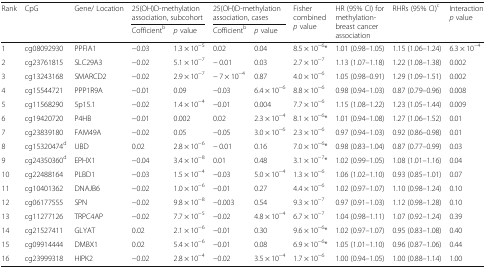
<table><thead><tr><td rowspan="2"><b>Rank</b></td><td rowspan="2"><b>CpG</b></td><td rowspan="2"><b>Gene/ Location</b></td><td colspan="2"><b>25(OH)D-methylation association, subcohort</b></td><td colspan="2"><b>25(OH)D-methylation association, cases</b></td><td rowspan="2"><b>Fisher combined <i>p</i> value</b></td><td rowspan="2"><b>HR (95% CI) for methylation-breast cancer association</b></td><td rowspan="2"><b>RHRs (95% CI)<sup>c</sup></b></td><td rowspan="2"><b>Interaction <i>p</i> value</b></td></tr><tr><td><b>Cofficient<sup>b</sup></b></td><td><b><i>p</i> value</b></td><td><b>Cofficient<sup>b</sup></b></td><td><b><i>p</i> value</b></td></tr></thead><tbody><tr><td>1</td><td>cg08092930</td><td>PPFIA1</td><td>−0.03</td><td>1.3 × 10<sup>−5</sup></td><td>0.02</td><td>0.04</td><td>8.5 × 10<sup>−6</sup>*</td><td>1.01 (0.98–1.05)</td><td>1.15 (1.06–1.24)</td><td>6.3 × 10<sup>−4</sup></td></tr><tr><td>2</td><td>cg23761815</td><td>SLC29A3</td><td>−0.02</td><td>5.1 × 10<sup>−7</sup></td><td>− 0.01</td><td>0.03</td><td>2.7 × 10<sup>−7</sup></td><td>1.13 (1.07–1.18)</td><td>1.22 (1.08–1.38)</td><td>0.002</td></tr><tr><td>3</td><td>cg13243168</td><td>SMARCD2</td><td>−0.02</td><td>2.9 × 10<sup>−7</sup></td><td>− 7 × 10<sup>−4</sup></td><td>0.87</td><td>4.0 × 10<sup>−6</sup></td><td>1.05 (0.98–0.91)</td><td>1.29 (1.09–1.51)</td><td>0.002</td></tr><tr><td>4</td><td>cg15544721</td><td>PPP1R9A</td><td>−0.01</td><td>0.09</td><td>−0.03</td><td>6.4 × 10<sup>−6</sup></td><td>8.8 × 10<sup>−6</sup></td><td>0.98 (0.94–1.03)</td><td>0.87 (0.79–0.96)</td><td>0.008</td></tr><tr><td>5</td><td>cg11568290</td><td>5p15.1</td><td>−0.02</td><td>1.4 × 10<sup>−4</sup></td><td>−0.01</td><td>0.004</td><td>7.7 × 10<sup>−6</sup></td><td>1.15 (1.08–1.22)</td><td>1.23 (1.05–1.44)</td><td>0.009</td></tr><tr><td>6</td><td>cg19420720</td><td>P4HB</td><td>−0.01</td><td>0.002</td><td>0.02</td><td>2.3 × 10<sup>−4</sup></td><td>8.1 × 10<sup>−6</sup>*</td><td>1.01 (0.94–1.08)</td><td>1.27 (1.06–1.52)</td><td>0.01</td></tr><tr><td>7</td><td>cg23839180</td><td>FAM49A</td><td>−0.02</td><td>0.05</td><td>−0.05</td><td>3.0 × 10<sup>−6</sup></td><td>2.3 × 10<sup>−6</sup></td><td>0.97 (0.94–1.03)</td><td>0.92 (0.86–0.98)</td><td>0.01</td></tr><tr><td>8</td><td>cg15320474<sup>d</sup></td><td>UBD</td><td>0.02</td><td>2.8 × 10<sup>−6</sup></td><td>− 0.01</td><td>0.16</td><td>7.0 × 10<sup>−6</sup>*</td><td>0.98 (0.83–1.04)</td><td>0.87 (0.77–0.99)</td><td>0.03</td></tr><tr><td>9</td><td>cg24350360<sup>d</sup></td><td>EPHX1</td><td>−0.04</td><td>3.4 × 10<sup>−8</sup></td><td>0.01</td><td>0.48</td><td>3.1 × 10<sup>−7</sup>*</td><td>1.02 (0.99–1.05)</td><td>1.08 (1.01–1.16)</td><td>0.04</td></tr><tr><td>10</td><td>cg22488164</td><td>PLBD1</td><td>−0.03</td><td>1.5 × 10<sup>−4</sup></td><td>−0.03</td><td>5.0 × 10<sup>−4</sup></td><td>1.3 × 10<sup>−6</sup></td><td>1.06 (1.02–1.10)</td><td>0.93 (0.85–1.01)</td><td>0.07</td></tr><tr><td>11</td><td>cg10401362</td><td>DNAJB6</td><td>−0.02</td><td>1.0 × 10<sup>−6</sup></td><td>−0.01</td><td>0.27</td><td>4.4 × 10<sup>−6</sup></td><td>1.02 (0.97–1.07)</td><td>1.10 (0.98–1.24)</td><td>0.10</td></tr><tr><td>12</td><td>cg06177555</td><td>SPN</td><td>−0.02</td><td>9.8 × 10<sup>−8</sup></td><td>−0.003</td><td>0.54</td><td>9.3 × 10<sup>−7</sup></td><td>0.97 (0.91–1.03)</td><td>1.12 (0.98–1.28)</td><td>0.10</td></tr><tr><td>13</td><td>cg11277126</td><td>TRPC4AP</td><td>−0.02</td><td>7.7 × 10<sup>−5</sup></td><td>−0.02</td><td>4.8 × 10<sup>−4</sup></td><td>6.7 × 10<sup>−7</sup></td><td>1.04 (0.98–1.11)</td><td>1.07 (0.92–1.24)</td><td>0.39</td></tr><tr><td>14</td><td>cg21527411</td><td>GLYAT</td><td>0.02</td><td>2.1 × 10<sup>−6</sup></td><td>−0.01</td><td>0.30</td><td>9.6 × 10<sup>−6</sup>*</td><td>1.02 (0.97–1.07)</td><td>0.95 (0.83–1.08)</td><td>0.40</td></tr><tr><td>15</td><td>cg09914444</td><td>DMBX1</td><td>0.02</td><td>5.4 × 10<sup>−6</sup></td><td>−0.01</td><td>0.08</td><td>6.9 × 10<sup>−6</sup>*</td><td>1.05 (1.01–1.10)</td><td>0.96 (0.87–1.06)</td><td>0.44</td></tr><tr><td>16</td><td>cg23999318</td><td>HIPK2</td><td>−0.02</td><td>2.8 × 10<sup>−4</sup></td><td>−0.02</td><td>3.5 × 10<sup>−4</sup></td><td>1.7 × 10<sup>−6</sup></td><td>1.00 (0.94–1.05)</td><td>1.00 (0.88–1.14)</td><td>1.00</td></tr></tbody></table>